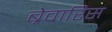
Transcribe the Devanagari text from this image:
ब्रेवारिस